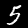
Digit: 5